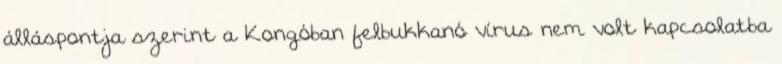
álláspontja szerint a Kongóban felbukkanó vírus nem volt kapcsolatba